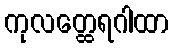
ကုလတ္ထေရဂါထာ